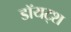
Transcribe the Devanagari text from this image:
डॉयट्श